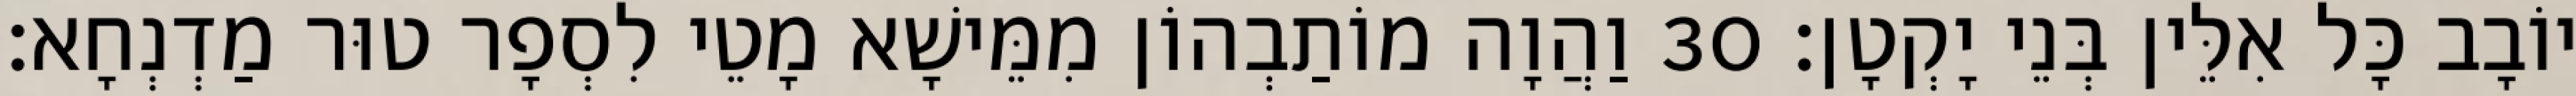
יוֹבָב כָּל אִלֵּין בְּנֵי יָקְטָן׃ 30 וַהֲוָה מוֹתַבְהוֹן מִמֵּישָׁא מָטֵי לִסְפָר טוּר מַדְנְחָא׃